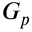
G _ { p }